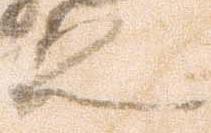
之